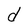
Character: d